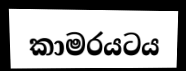
කාමරයටය